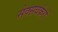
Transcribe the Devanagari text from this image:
सेक्सवर्करों